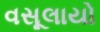
વસૂલાયો